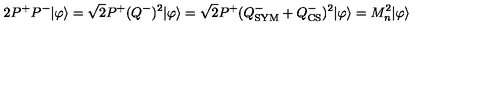
2 P ^ { + } P ^ { - } | \varphi \rangle = \sqrt { 2 } P ^ { + } ( Q ^ { - } ) ^ { 2 } | \varphi \rangle = \sqrt { 2 } P ^ { + } ( Q _ { \mathrm { S Y M } } ^ { - } + Q _ { \mathrm { C S } } ^ { - } ) ^ { 2 } | \varphi \rangle = M _ { n } ^ { 2 } | \varphi \rangle